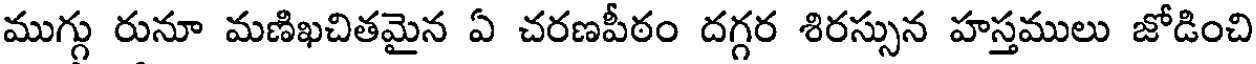
ముగ్గు రునూ మణిఖచితమైన ఏ చరణపీఠం దగ్గర శిరస్సున హస్తములు జోడించి